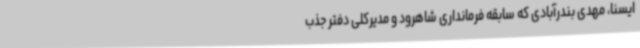
ایسنا، مهدی بندرآبادی که سابقه فرمانداری شاهرود و مدیرکلی دفتر جذب